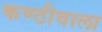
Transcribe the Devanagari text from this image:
कण्ठीवाला